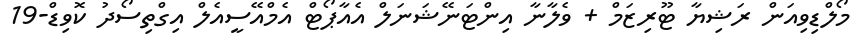
މޯލްޑިވިއަން ރަޝިޔާ ޓޫރިޒަމް + ވެލާނާ އިންޓަނޭޝަނަލް އެއާޕޯޓް އެމްއޭސީއެލް އިގްތިސޯދު ކޮވިޑް-19